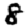
Digit: 8